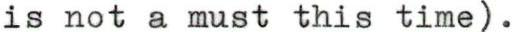
is not a must this time.